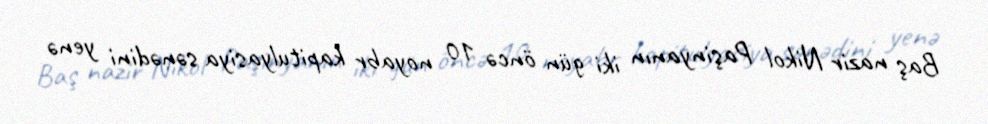
Baş nazir Nikol Paşinyanın iki gün öncə 10 noyabr kapitulyasiya sənədini yenə